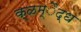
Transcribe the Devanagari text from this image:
क्ळम्ैद्ध